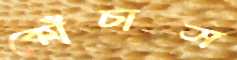
কোঁচাস